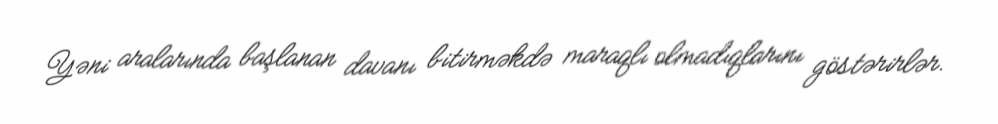
Yəni aralarında başlanan davanı bitirməkdə maraqlı olmadıqlarını göstərirlər.